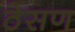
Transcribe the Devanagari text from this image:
ठेसण